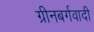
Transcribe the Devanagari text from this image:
ग्रीनबर्गवादी